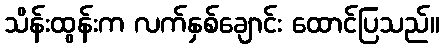
သိန်းထွန်းက လက်နှစ်ချောင်း ထောင်ပြသည်။